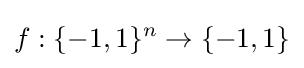
f:\{-1,1\}^{n}\to \{-1,1\}